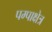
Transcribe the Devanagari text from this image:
पम्पाक्षेत्र